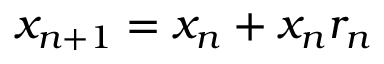
x _ { n + 1 } = x _ { n } + x _ { n } r _ { n }